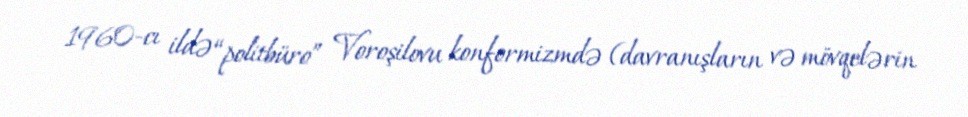
1960-cı ildə “politbüro” Voroşilovu konformizmdə (davranışların və mövqelərin